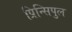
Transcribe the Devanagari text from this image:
प्रिन्सिपुल